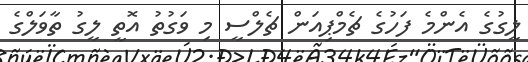
ލީގުގެ އެންމެ ފަހުގެ ޗެމްޕިއަން ޗެލްސީ މި ވަގުތު އޮތީ ލީގު ތާވަލްގެ